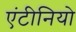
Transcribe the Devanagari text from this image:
एंटीनियो